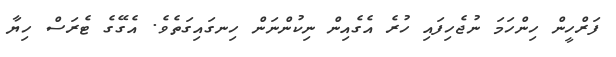
ފަރްހީން ހިންހަމަ ނުޖެހިފައި ހުރެ އެގެއިން ނިކުންނަން ހިނގައިގަތެވެ. އެގޭގެ ޓެރަސް ހިޔާ